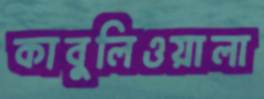
কাবুলিওয়ালা